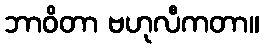
ဘာဝိတာ ဗဟုလီကတာ။